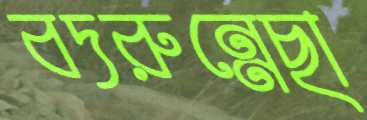
বদরুন্নেছা